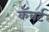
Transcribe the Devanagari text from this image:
कॅवर्ट